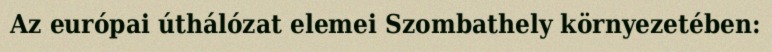
Az európai úthálózat elemei Szombathely környezetében: